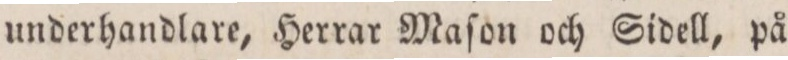
underhandlare, Herrar Maſon och Sidell, på